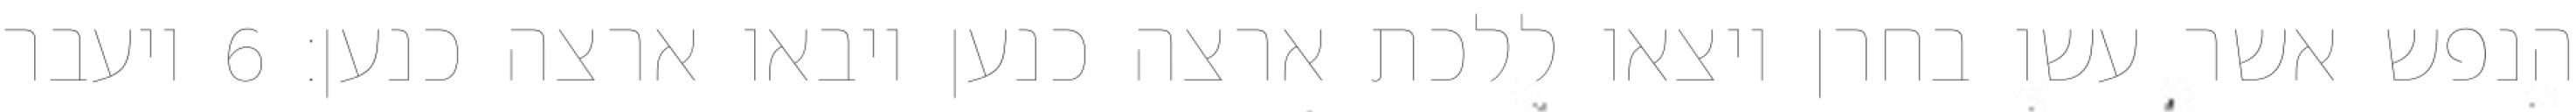
הנפש אשר עשו בחרן ויצאו ללכת ארצה כנען ויבאו ארצה כנען׃ ‎6‏ ויעבר